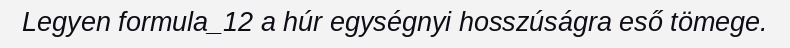
Legyen formula_12 a húr egységnyi hosszúságra eső tömege.